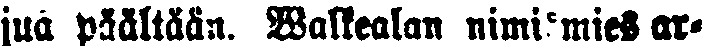
jua päältään. Walkealan nimismies ar-